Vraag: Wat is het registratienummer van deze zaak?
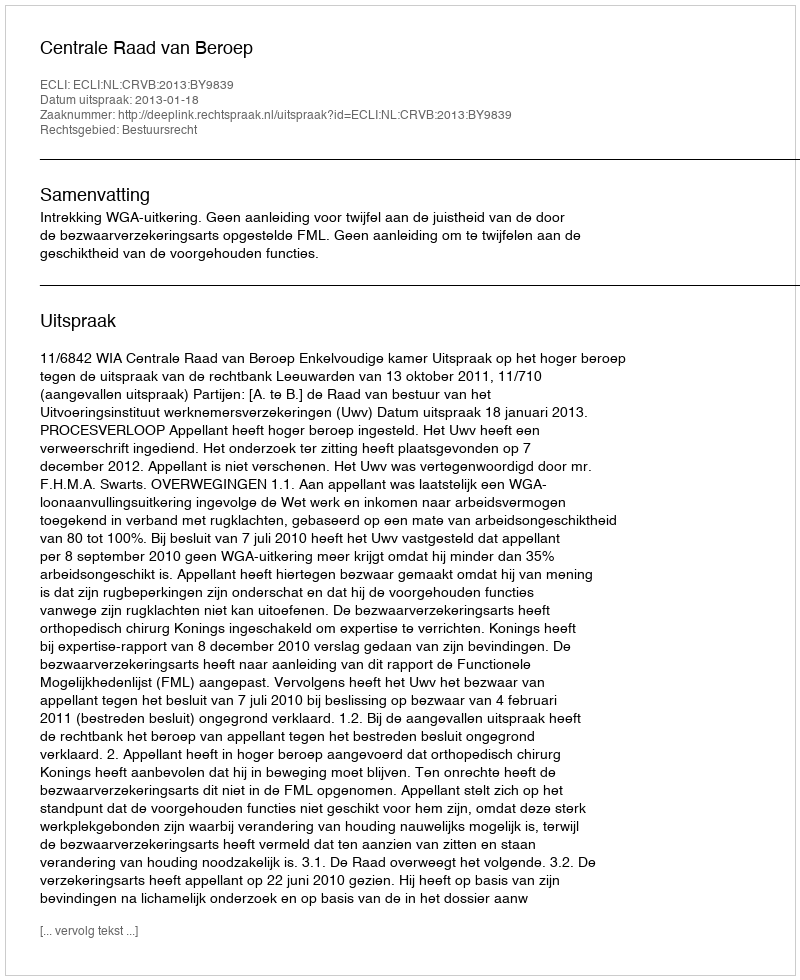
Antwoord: http://deeplink.rechtspraak.nl/uitspraak?id=ECLI:NL:CRVB:2013:BY9839